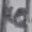
Text: 6